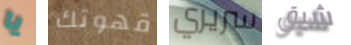
يا قهوتك سريري شيق